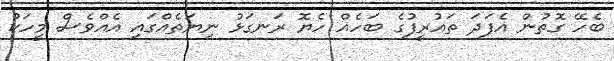
ބެހޭ ގޮތުން އެފަދަ ތައުރީފުގެ ބަހެއް ހެޔޮ ރަނގަޅު ނިޔަތެއްގައި އެއްވެސް މީހަކު